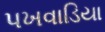
પખવાડિયા